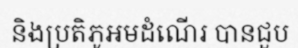
និងប្រតិភូអមដំណើរ បានជួប